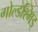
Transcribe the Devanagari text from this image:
गोल्डश्मिड्